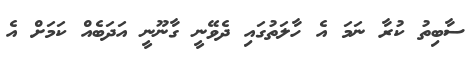
ސާބިތު ކުރާ ނަމަ އެ ހާލަތުގައި ދެވޭނީ ގާނޫނީ އަދަބެއް ކަމަށް އެ